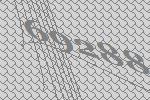
69288